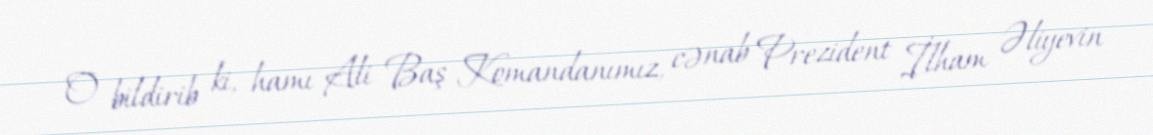
O bildirib ki, hamı Ali Baş Komandanımız, cənab Prezident İlham Əliyevin